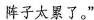
阵子太累了。”